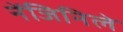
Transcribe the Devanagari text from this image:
नेंजिनिले